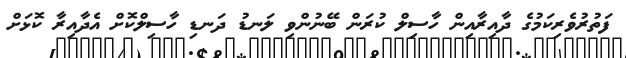
ފަތުރުވެރިކަމުގެ ދާއިރާއިން ހާސިލް ކުރަން ބޭނުންވި ލަނޑު ދަނޑި ހާސިލްކޮށް އެދާއިރާ ކޮޅަށް